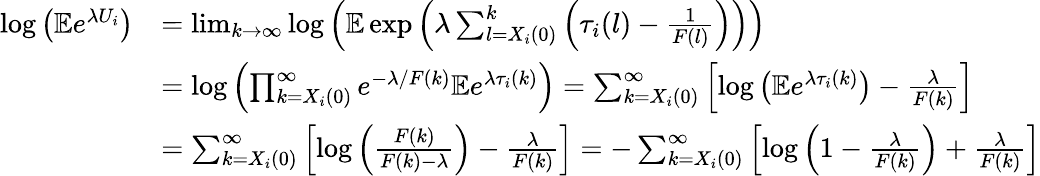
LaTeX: \begin{array}{rl}{\log\left(\mathbb{E}e^{\lambda U_{i}}\right)}&{=\operatorname*{lim}_{k\to\infty}\log\left(\mathbb{E}\exp\left(\lambda\sum_{l=X_{i}(0)}^{k}\left(\tau_{i}(l)-\frac{1}{F(l)}\right)\right)\right)}\\ &{=\log\left(\prod_{k=X_{i}(0)}^{\infty}e^{-\lambda/F(k)}\mathbb{E}e^{\lambda\tau_{i}(k)}\right)=\sum_{k=X_{i}(0)}^{\infty}\left[\log\left(\mathbb{E}e^{\lambda\tau_{i}(k)}\right)-\frac{\lambda}{F(k)}\right]}\\ &{=\sum_{k=X_{i}(0)}^{\infty}\left[\log\left(\frac{F(k)}{F(k)-\lambda}\right)-\frac{\lambda}{F(k)}\right]=-\sum_{k=X_{i}(0)}^{\infty}\left[\log\left(1-\frac{\lambda}{F(k)}\right)+\frac{\lambda}{F(k)}\right]}\end{array}